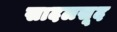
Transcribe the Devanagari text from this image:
सादलसूद